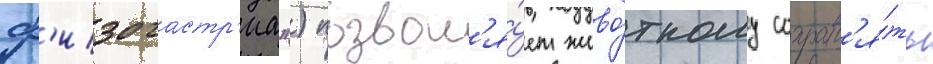
ф'изогастр'иа") позвол'я́ет живо́тному сохран'я́ть